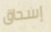
إسحاق